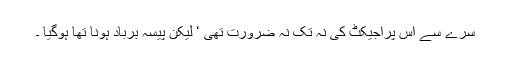
سرے سے اس پراجیکٹ کی نہ تُک نہ ضرورت تھی ‘ لیکن پیسہ برباد ہونا تھا ہوگیا ۔